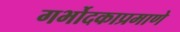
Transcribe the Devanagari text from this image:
गर्भोदकाप्रमाणे